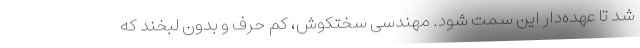
شد تا عهده‌دار این سمت شود. مهندسی سختکوش، کم حرف و بدون لبخند که